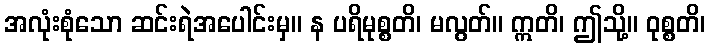
အလုံးစုံသော ဆင်းရဲအပေါင်းမှ။ န ပရိမုစ္စတိ၊ မလွတ်။ ဣတိ၊ ဤသို့။ ဝုစ္စတိ၊